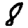
Digit: 8